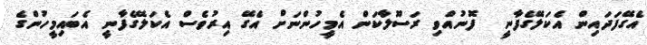
އެގޭފަދައިން އެކަލޭގެފާނީ  ފޮނުއްވި ރަސޫލާކަން އެމީހުންނަށް އެގޭ އިރުވެސް އެކަލޭގެފާނީ އެބައިމީހުންގެ